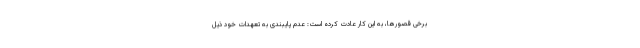
برخی قصورها، به این کار عادت کرده است: عدم پایبندی به تعهدات خود ذیل